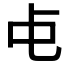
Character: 𬺾